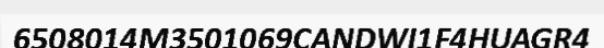
6508014M3501069CANDWI1F4HUAGR4